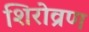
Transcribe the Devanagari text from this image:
शिरोव्रण